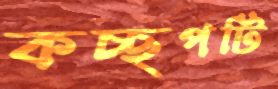
কচ্ছপটি